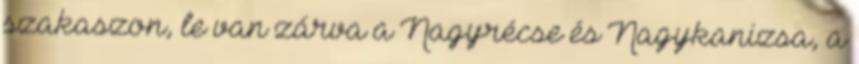
szakaszon, le van zárva a Nagyrécse és Nagykanizsa, a